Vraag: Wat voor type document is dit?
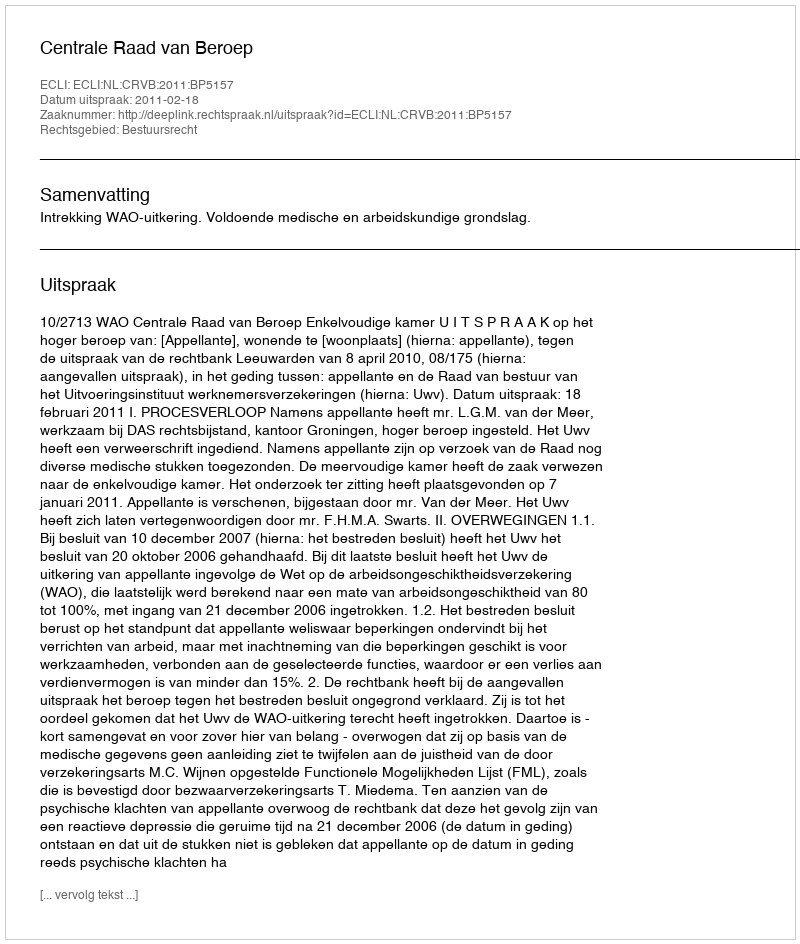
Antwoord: Uitspraak